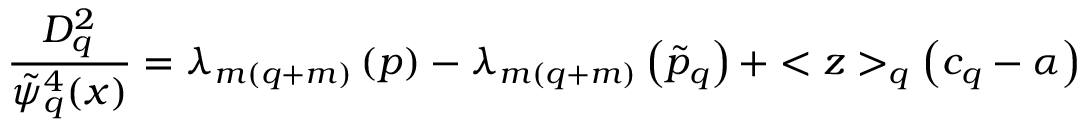
\frac { D _ { q } ^ { 2 } } { \tilde { \psi } _ { q } ^ { 4 } ( x ) } = \lambda _ { m ( q + m ) } \left( p \right) - \lambda _ { m ( q + m ) } \left( \tilde { p } _ { q } \right) + < z > _ { q } \left( c _ { q } - \alpha \right)